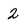
Character: 2